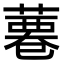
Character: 𦸊